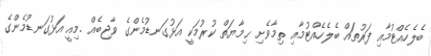
ބެލެހެއްޓުމާއި ފަރުތައް ބެލެހެއްޓުމާއި ތިމާވެށި ޙިމާޔަތް ކުރުމަކީ އަޅުގަނޑުމެންގެ ވާޖިބެއް .މިއީ އަޅުގަނޑުމެންގެ